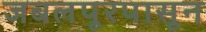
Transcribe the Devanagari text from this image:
जबलपूरपासून